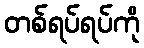
တစ်ရပ်ရပ်ကို